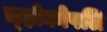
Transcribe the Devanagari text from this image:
च्होकोपलि